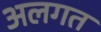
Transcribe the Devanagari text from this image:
अलगत